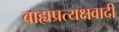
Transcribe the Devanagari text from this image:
बाह्यप्रत्यक्षवादी